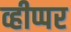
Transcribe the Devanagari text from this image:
व्हीप्पर